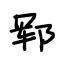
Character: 郓